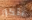
بتكرار